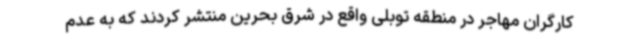
کارگران مهاجر در منطقه توبلی واقع در شرق بحرین منتشر کردند که به عدم